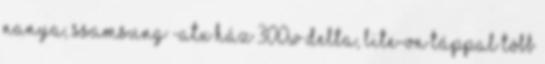
nanya, ssamsung -atx ház 300w delta, lite-on táppal Több